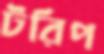
টরিপ